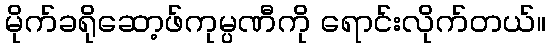
မိုက်ခရိုဆော့ဖ်ကုမ္ပဏီကို ရောင်းလိုက်တယ်။